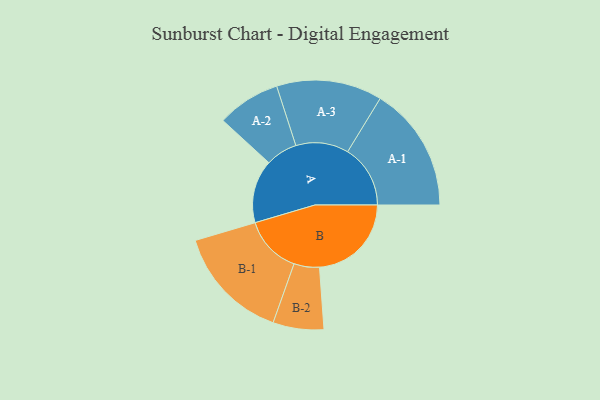
{"axis": {"x": "Segment", "y": "Value"}, "legend": ["", "A", "B"], "data": [{"x": "A", "y": 281, "type": ""}, {"x": "B", "y": 409, "type": ""}, {"x": "A-1", "y": 279, "type": "A"}, {"x": "A-2", "y": 141, "type": "A"}, {"x": "A-3", "y": 235, "type": "A"}, {"x": "B-1", "y": 257, "type": "B"}, {"x": "B-2", "y": 113, "type": "B"}]}